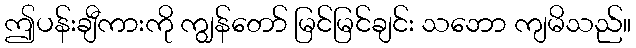
ဤပန်းချီကားကို ကျွန်တော် မြင်မြင်ချင်း သဘော ကျမိသည်။